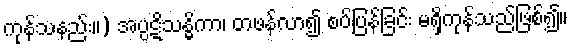
ကုန်သနည်း။) အပ္ပဋိသန္ဓိကာ၊ တဖန်လာ၍ စပ်ပြန်ခြင်း မရှိကုန်သည်ဖြစ်၍။